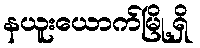
နယူးယောက်မြို့ရှိ